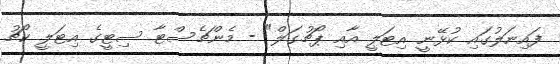
ފައިނަލުގައި ކުޅޭނީ އިޓަލީ އާއި ޕޯޗުގަލް" - މެންޗެސްޓާ ސިޓީގެ އިޓަލީ ކޯޗު